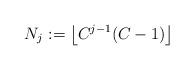
LaTeX: \begin{align*}N_j := \left\lfloor C^{j-1}(C-1) \right\rfloor\end{align*}